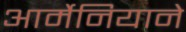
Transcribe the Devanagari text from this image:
आर्मेनियाने